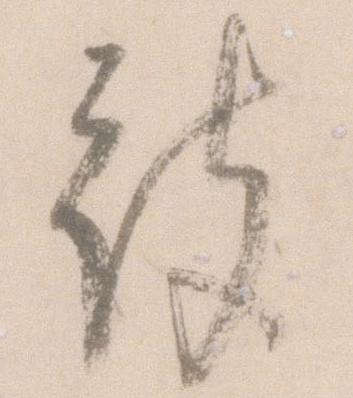
被